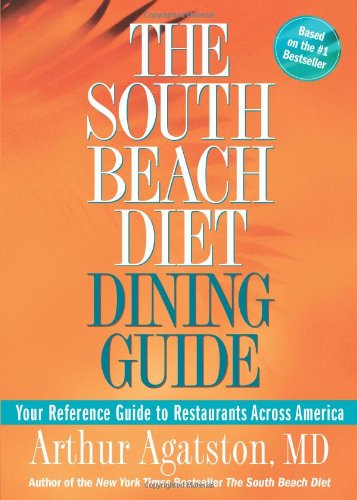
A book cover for The South Beach Diet Dining Guide: Your Reference Guide to Restaurants Across America; Arthur Agatston; Health, Fitness & Dieting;